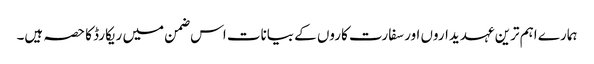
ہمارے اہم ترین عہدیداروں اور سفارت کاروں کے بیانات اس ضمن میں ریکارڈ کا حصہ ہیں۔